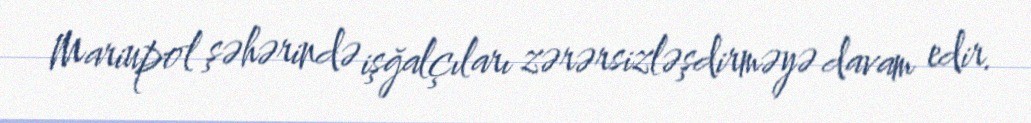
Mariupol şəhərində işğalçıları zərərsizləşdirməyə davam edir.